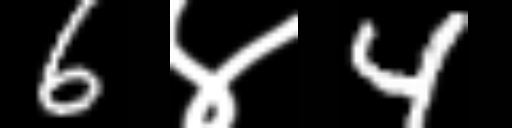
Text: 6४4